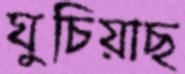
ঘুচিয়াছ